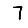
Digit: 7